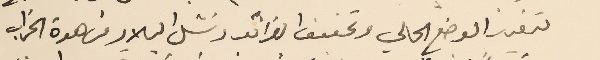
لتعزيز الوضع الحالي وتحفيف الضرائب ونشل البلاد من هوة الخراب